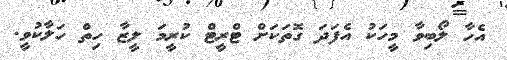
އެހާ ލޯބިވާ މީހަކު އެފަދަ ގޮތަކަށް ޓްރީޓް ކުރީމަ ލީޒާ ހިތް ހަލާކުވީ.